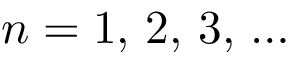
n = 1 , \, 2 , \, 3 , \, \ldots